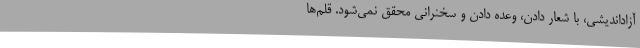
آزاداندیشی، با شعار دادن، وعده دادن و سخنرانی محقق نمی‌شود. قلم‌ها